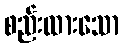
စည်းထားသော